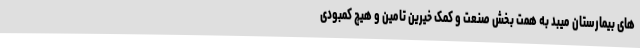
های بیمارستان میبد به همت بخش صنعت و کمک خیرین تامین و هیچ کمبودی